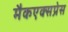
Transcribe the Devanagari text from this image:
मैकएक्सप्रेस